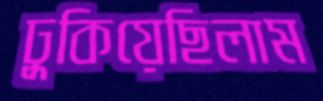
ঢুকিয়েছিলাম